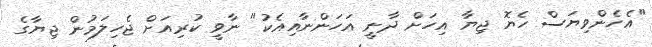
"އެހެންވިޔަސް ހެޔޮ ޖިޔާ އިހަށް ދާނީ އަހަންނާއިއެކު" ނާވީ ކުރިއަށް ޖެހިލަމުން ޖިޔާގެ